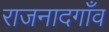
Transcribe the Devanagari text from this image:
राजनादगाँव